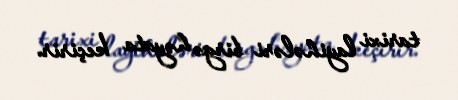
tarixi layihələri birgə həyata keçirir.